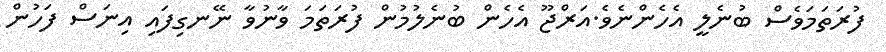
ފުރަތަމަވެސް ބުނެލީ އެހެންނެވެ.އަރްޖޫ އެހެން ބުނެލުމުން ފުރަތަމަ ވާނުވާ ނޭނގިފައި އިނަސް ފަހުން